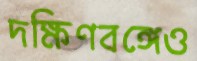
দক্ষিণবঙ্গেও